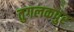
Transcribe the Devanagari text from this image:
तुगलकपुर